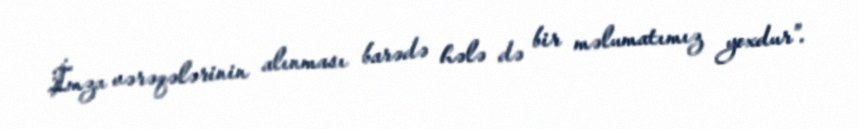
İmza vərəqələrinin alınması barədə hələ də bir məlumatımız yoxdur”.